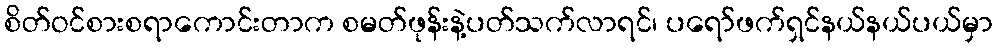
စိတ်ဝင်စားစရာကောင်းတာက စမတ်ဖုန်းနဲ့ပတ်သက်လာရင်၊ ပရော်ဖက်ရှင်နယ်နယ်ပယ်မှာ